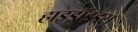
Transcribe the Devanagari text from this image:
हाइड्रॉइड्स